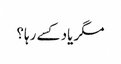
مگر یاد کسے رہا؟